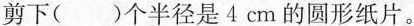
剪下( )个半径是 4 cm 的圆形纸片。